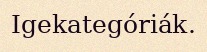
Igekategóriák.